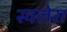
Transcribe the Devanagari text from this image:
स्वलेरा